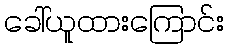
ခေါ်ယူထားကြောင်း